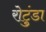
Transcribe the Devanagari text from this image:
रोटुंडा